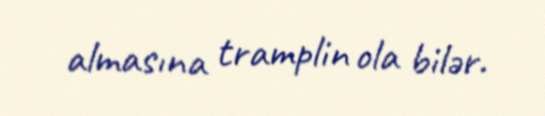
almasına tramplin ola bilər.